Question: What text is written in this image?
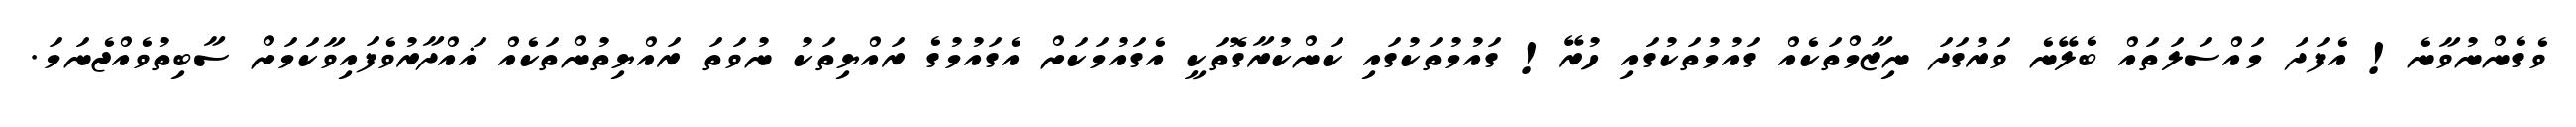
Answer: ވެގެންނުވާނެ! އެފަދަ މައްސަލަތައް ބެލޭނެ ވަރުގަދަ ނިޒާމްތަކެއް ގައުމުތަކުގައި ހުރޭ! ގައުމުތަކުގައި ކަންކުރާގޮތަކީ އެގައުމަކަށް އެގައުމުގެ ރައްޔިތަކު ނުވަތަ ރައްޔިތުންތަކެއް ޣައްދާރުވެފައިވާކަމަށް ސާބިތުވެއްޖެނަމަ.